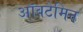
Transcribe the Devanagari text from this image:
ऑवटेमिन